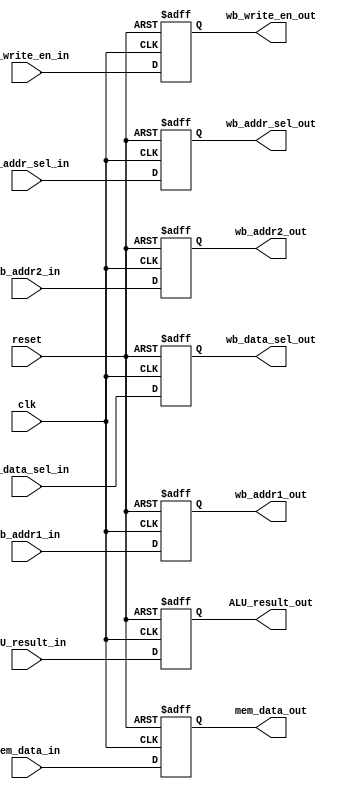
module MEM_WB_reg(
					clk, 
					reset, 
					ALU_result_in,
					mem_data_in,
					wb_write_en_in,
					wb_addr_sel_in,
					wb_data_sel_in,
					wb_addr1_in,
					wb_addr2_in,
					ALU_result_out,
					mem_data_out,
					wb_write_en_out,
					wb_addr_sel_out,
					wb_data_sel_out,
					wb_addr1_out,
					wb_addr2_out
					);
	input clk, reset;
	input [31:0] ALU_result_in;
	input [31:0] mem_data_in;
	input wb_write_en_in;
	input wb_addr_sel_in;
	input wb_data_sel_in;
	input [4:0] wb_addr1_in;
	input [4:0] wb_addr2_in;

	output [31:0] ALU_result_out;
	output [31:0] mem_data_out;
	output wb_write_en_out;
	output wb_addr_sel_out;
	output wb_data_sel_out;
	output [4:0] wb_addr1_out;
	output [4:0] wb_addr2_out;

	reg [31:0] ALU_result_out;
	reg [31:0] mem_data_out;
	reg wb_write_en_out;
	reg wb_addr_sel_out;
	reg wb_data_sel_out;
	reg [4:0] wb_addr1_out;
	reg [4:0] wb_addr2_out;

	always @(posedge clk or negedge reset)
    begin
    	if (~reset)begin
    		ALU_result_out <= 32'd0;
			mem_data_out <= 32'd0;
			wb_write_en_out <= 1'd0;
			wb_addr_sel_out <= 1'b0;
			wb_data_sel_out <= 1'b0;
			wb_addr1_out <= 5'd0;
			wb_addr2_out <=5'd0;
    	end
    	else begin
    		ALU_result_out <= ALU_result_in;
			mem_data_out <= mem_data_in;
			wb_write_en_out <= wb_write_en_in;
			wb_addr_sel_out <= wb_addr_sel_in;
			wb_data_sel_out <= wb_data_sel_in;
			wb_addr1_out <= wb_addr1_in;
			wb_addr2_out <= wb_addr2_in;
    	end
    end




endmodule